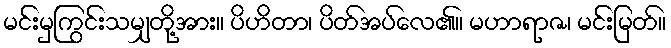
မင်းမှကြွင်းသမျှတို့အား။ ပိဟိတာ၊ ပိတ်အပ်လေ၏။ မဟာရာဇ၊ မင်းမြတ်။